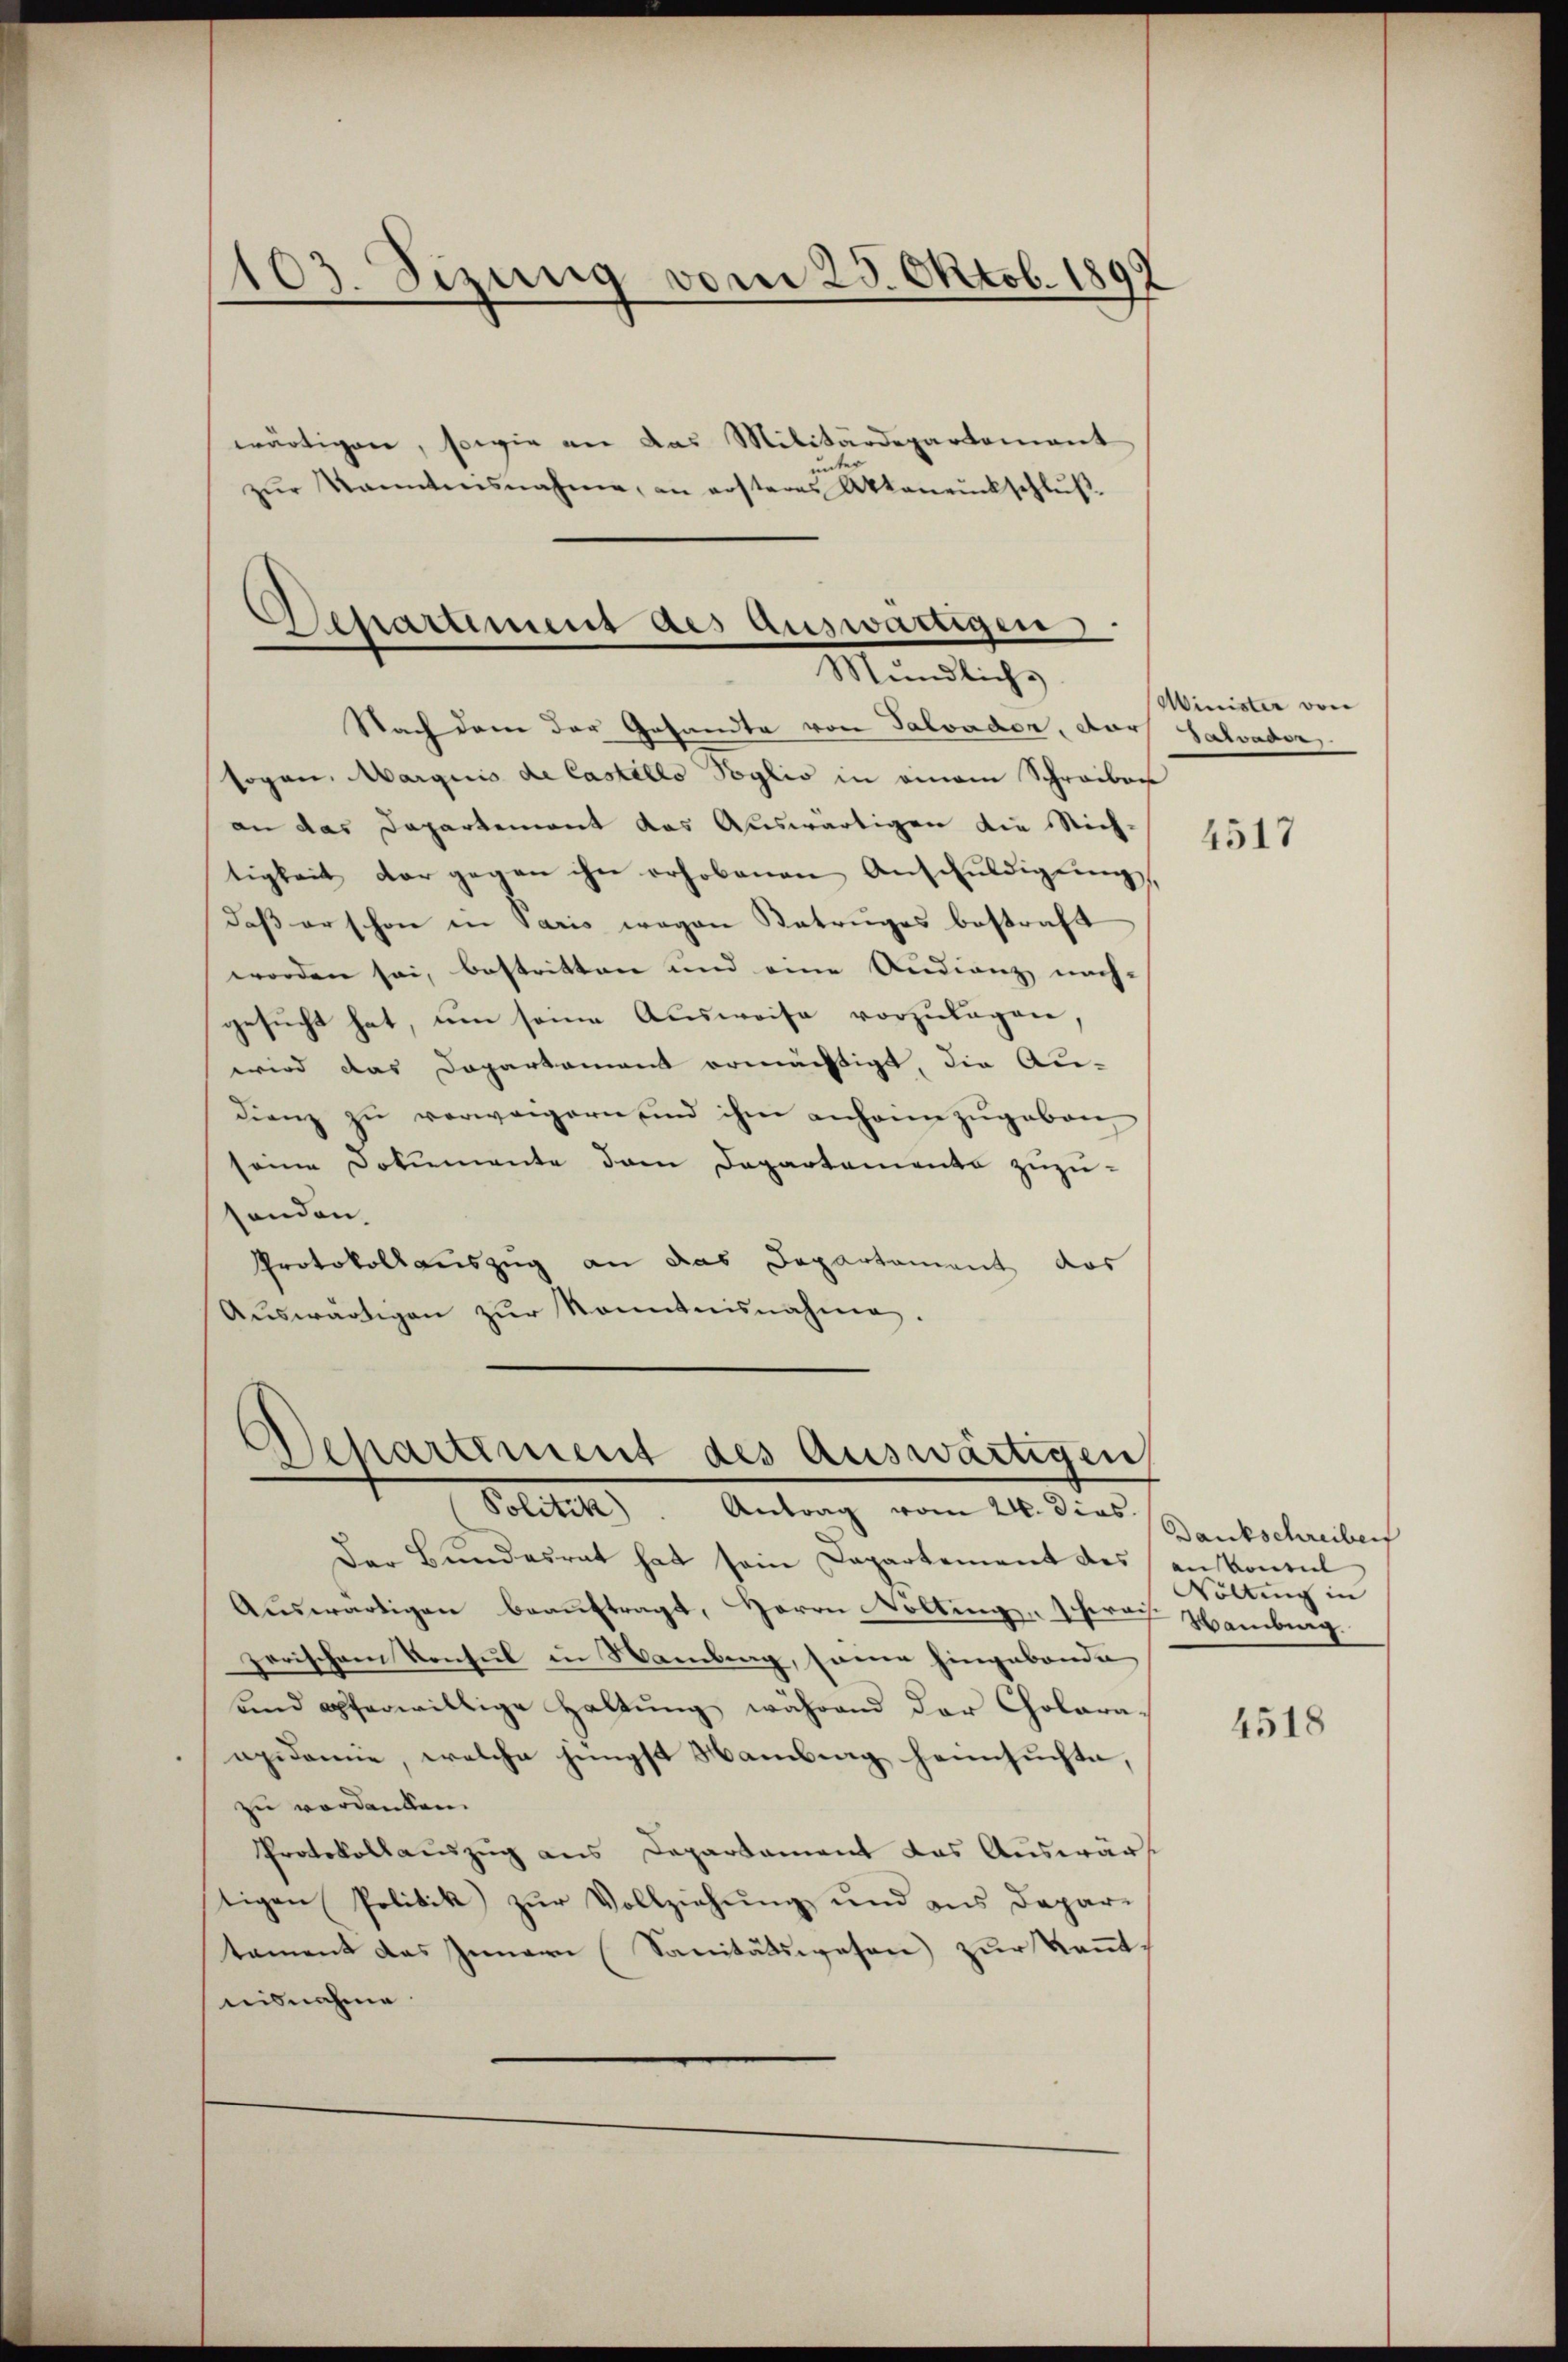
103. Sizung vom 25. Oktob. 1892

wärtigen, sowie an das Militärdepartement
unter
zŭr Kanntnisnahme, an ersteres Aktenrückschlŭβ-

Departement des Auswärtigen,
Mündlich-

Nach dem der Gesandte von Salvader, Dor Salvador
sogen. Marquis de Castello Soglio in einem Schreiben
an das Departement das Auswärtigen die Nich-
tigkeit der gegen ihn erhobenen Anschŭldigŭng
daß er schon in Paris wegen Betruges bestraft
worden sei, bestritten und eine Audienz nach-
gesucht hat, um seine Ausweise vorzulagen,
wird das Departement ermächtigt, die Au-
dienz zu verweigern, und ihm anheimzugeben
seine Dokumente dem Departamente zuzusenden.
Protokoll auszug an das Departament das
Aŭswärtigen zŭr Kenntnisnahme.

Departiment des auswärtigen
Politik). Antrag vom 24. dies

Der Bundesrat hat sein Departement des ankonsul
Auswärtigen beauftragt, Herrn Voltinge sprach Hamburg.
zerischen Konsul in Namburg, sonne hingabende
und opferwillige Haltung während der Cholara-
apidemie, welche jüngst Hamberg heimsuchte,
zu verdanken.
Protokollauszug aus Departament das Auswärtigen Politik zur Vollziehung und aus Depari
tament das Innern (Sanitätswesen zur Kennt
nisnahme

Minister von

4517

Dankschreiben
Söllung in

4518